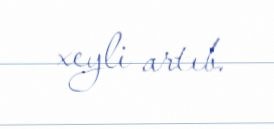
xeyli artıb.